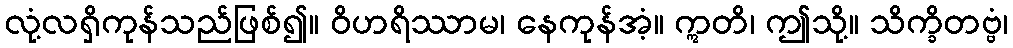
လုံ့လရှိကုန်သည်ဖြစ်၍။ ဝိဟရိဿာမ၊ နေကုန်အံ့။ ဣတိ၊ ဤသို့။ သိက္ခိတဗ္ဗံ၊